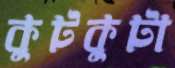
কুটকুটা